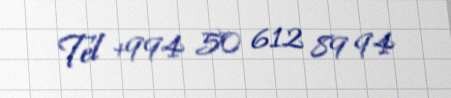
Tel +994 50 612 89 94